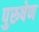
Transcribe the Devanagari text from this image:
पुरुषेण